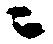
ニ